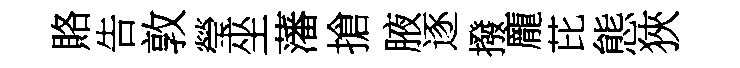
賂告敦瑩坐藩搶腋逐撥龐芘態狹